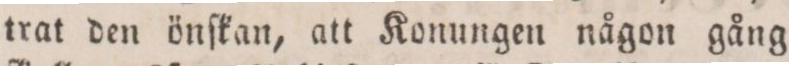
trat den önſkan, att Konungen någon gång